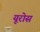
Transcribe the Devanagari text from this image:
यूरोस